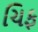
ચિફ